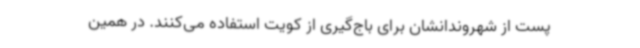
پست از شهروندانشان برای باج‌گیری از کویت استفاده می‌کنند. در همین